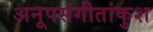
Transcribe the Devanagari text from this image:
अनूपसंगीतांकुश